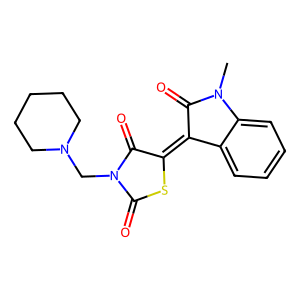
SMILES: CN1C(=O)C(=C2SC(=O)N(CN3CCCCC3)C2=O)c2ccccc21
Inhibits HIV replication: No